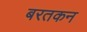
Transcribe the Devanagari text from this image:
बरतकन